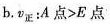
b.v_{正}: A点>E点